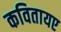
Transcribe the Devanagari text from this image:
कवितायए